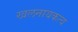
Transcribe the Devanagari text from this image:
खलनायकत्व